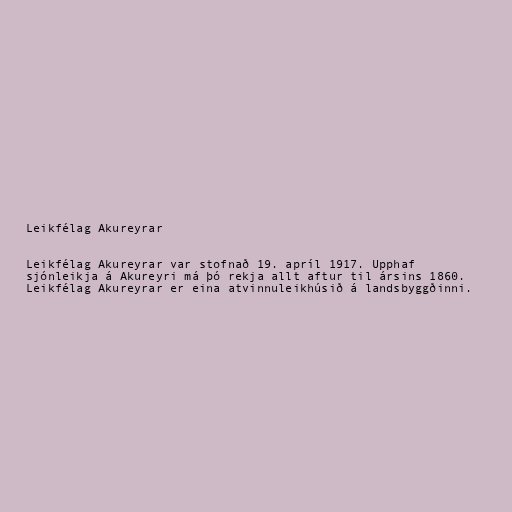
Leikfélag Akureyrar

Leikfélag Akureyrar var stofnað 19. apríl 1917. Upphaf
sjónleikja á Akureyri má þó rekja allt aftur til ársins 1860.
Leikfélag Akureyrar er eina atvinnuleikhúsið á landsbyggðinni.